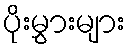
ပိုးမွှားများ